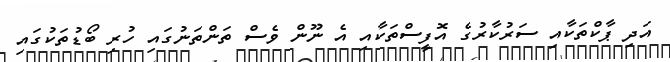
އަދި ޕާކްތަކާއި ސަރުކާރުގެ އޮފީސްތަކާއި އެ ނޫން ވެސް ތަންތަނުގައި ހުރި ބޯޑުތަކުގައި